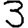
Digit: 3